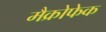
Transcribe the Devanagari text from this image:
मैक्रोफेक